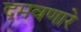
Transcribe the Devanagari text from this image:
दमवणारे